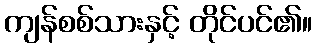
ကျန်စစ်သားနှင့် တိုင်ပင်၏။